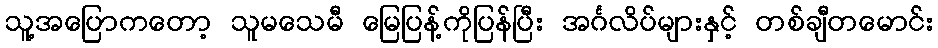
သူ့အပြောကတော့ သူမသေမီ မြေပြန့်ကိုပြန်ပြီး အင်္ဂလိပ်များနှင့် တစ်ချီတမောင်း